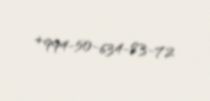
+994-50-634-83-72